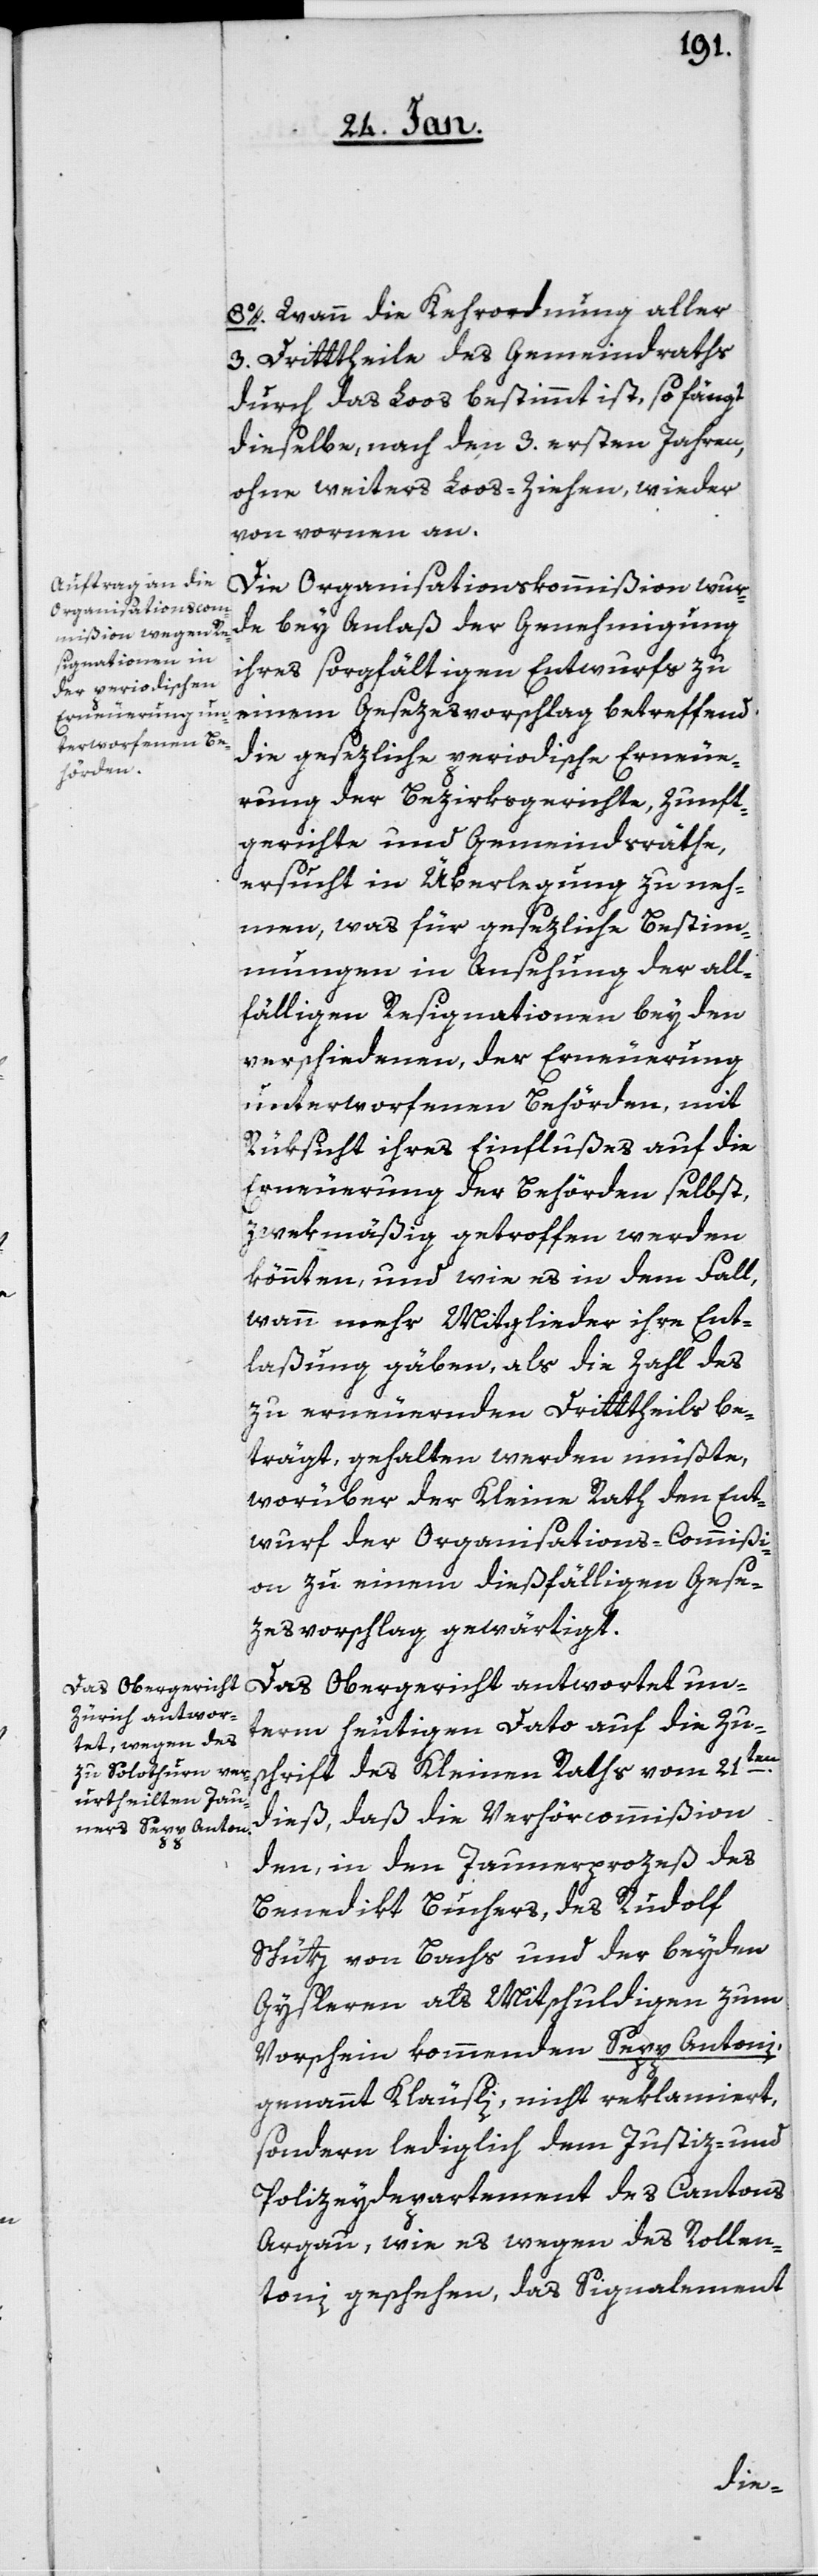
8o. Wann die Kehrordnung aller
3. Drittheile des Gemeindraths
durch das Loos bestimmt ist, so fängt
dieselbe, nach den 3. ersten Jahren,
ohne weiteres Loos-Ziehen, wieder
von vornen an.
Die Organisationskommißion wur¬
de bey Anlaß der Genehmigung
ihres sorgfältigen Entwurfs zu
einem Gesezesvorschlag betreffend
die gesezliche periodische Erneue¬
rung der Bezirksgerichte, Zunft¬
gerichte und Gemeindsräthe,
ersucht in Überlegung zu neh¬
men, was für gesezliche Bestim¬
mungen in Ansehung der all¬
fälligen Resignationen bey den
verschiedenen, der Erneuerung
unterworfenen Behörden, mit
Rücksicht ihres Einflußes auf die
Erneuerung der Behörden selbst,
zwekmäßig getroffen werden
könnten, und wie es in dem Fall,
wann mehr Mitglieder ihre Ent¬
laßung gäben, als die Zahl des
zu erneuernden Drittheils be¬
trägt, gehalten werden müßte,
worüber der Kleine Rath den Ent¬
wurf der Organisations-Commißi¬
on zu einem dießfälligen Gese¬
zesvorschlag gewärtigt.
Das Obergericht antwortet un¬
term heutigen Dato auf die Zu¬
schrift des Kleinen Raths vom 21sten.
dieß, daß die Verhörcommißion
den, in den Jaunerprozeß des
Benedikt Buchers, des Rudolf
Schütz von Bachs und der beyden
Gysleren als Mitschuldigen zum
Vorschein kommenden Sepp Antoni,
genannt Kläusli, nicht reklamiert,
sondern lediglich dem Justiz- und
Polizeydepartement des Cantons
Argau, wie es wegen des Rollen¬
toni geschehen, das Signalement